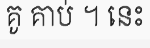
គូ គាប់ ។ នេះ